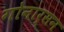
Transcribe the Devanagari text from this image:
गोनार्सन